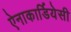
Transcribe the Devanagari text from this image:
ऐनाकार्डियेसी